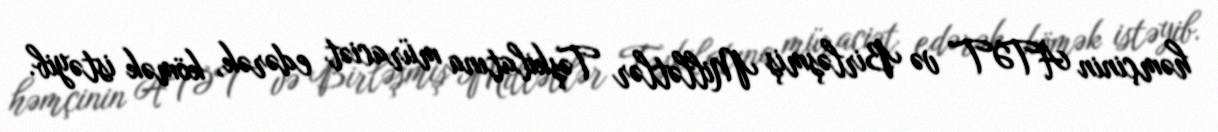
həmçinin ATƏT və Birləşmiş Millətlər Təşkilatına müraciət edərək, kömək istəyib.